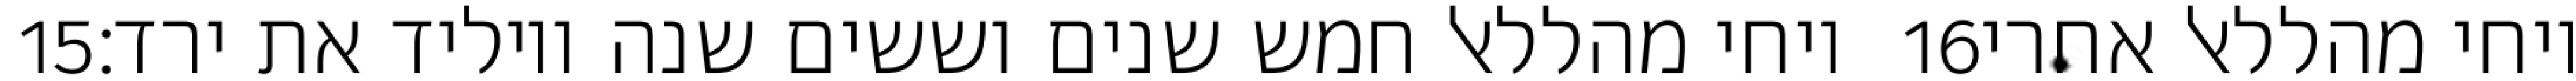
‎15‏ ויחי מהללאל חמש שנים וששים שנה ויוליד את ירד׃ ‎16‏ ויחי מהללאל אחרי